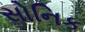
સોનિક